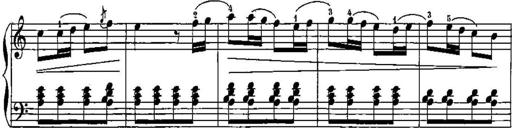
Title: Trois sonatines
Composer: Maurice Emmanuel